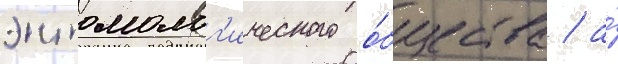
энтомолог'ического о́бщества / а́